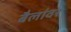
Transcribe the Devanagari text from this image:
बैलांवर